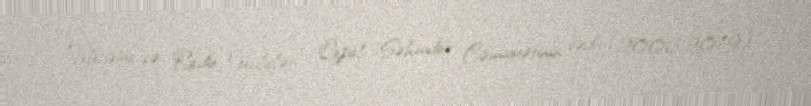
Televiziya və Radio Verilişləri" Qapalı Səhmdar Cəmiyyətinin sədri (2006-2019).